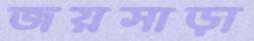
জয়সাড়া